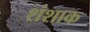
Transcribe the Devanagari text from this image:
शंशाक